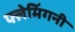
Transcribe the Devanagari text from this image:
फ्लेमिंगनी